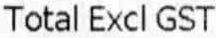
TOTAL EXCL GST